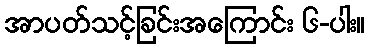
အာပတ်သင့်ခြင်းအကြောင်း ၆-ပါး။